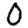
Digit: 0